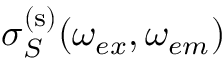
\sigma _ { S } ^ { \mathrm { ( s ) } } ( \omega _ { e x } , \omega _ { e m } )